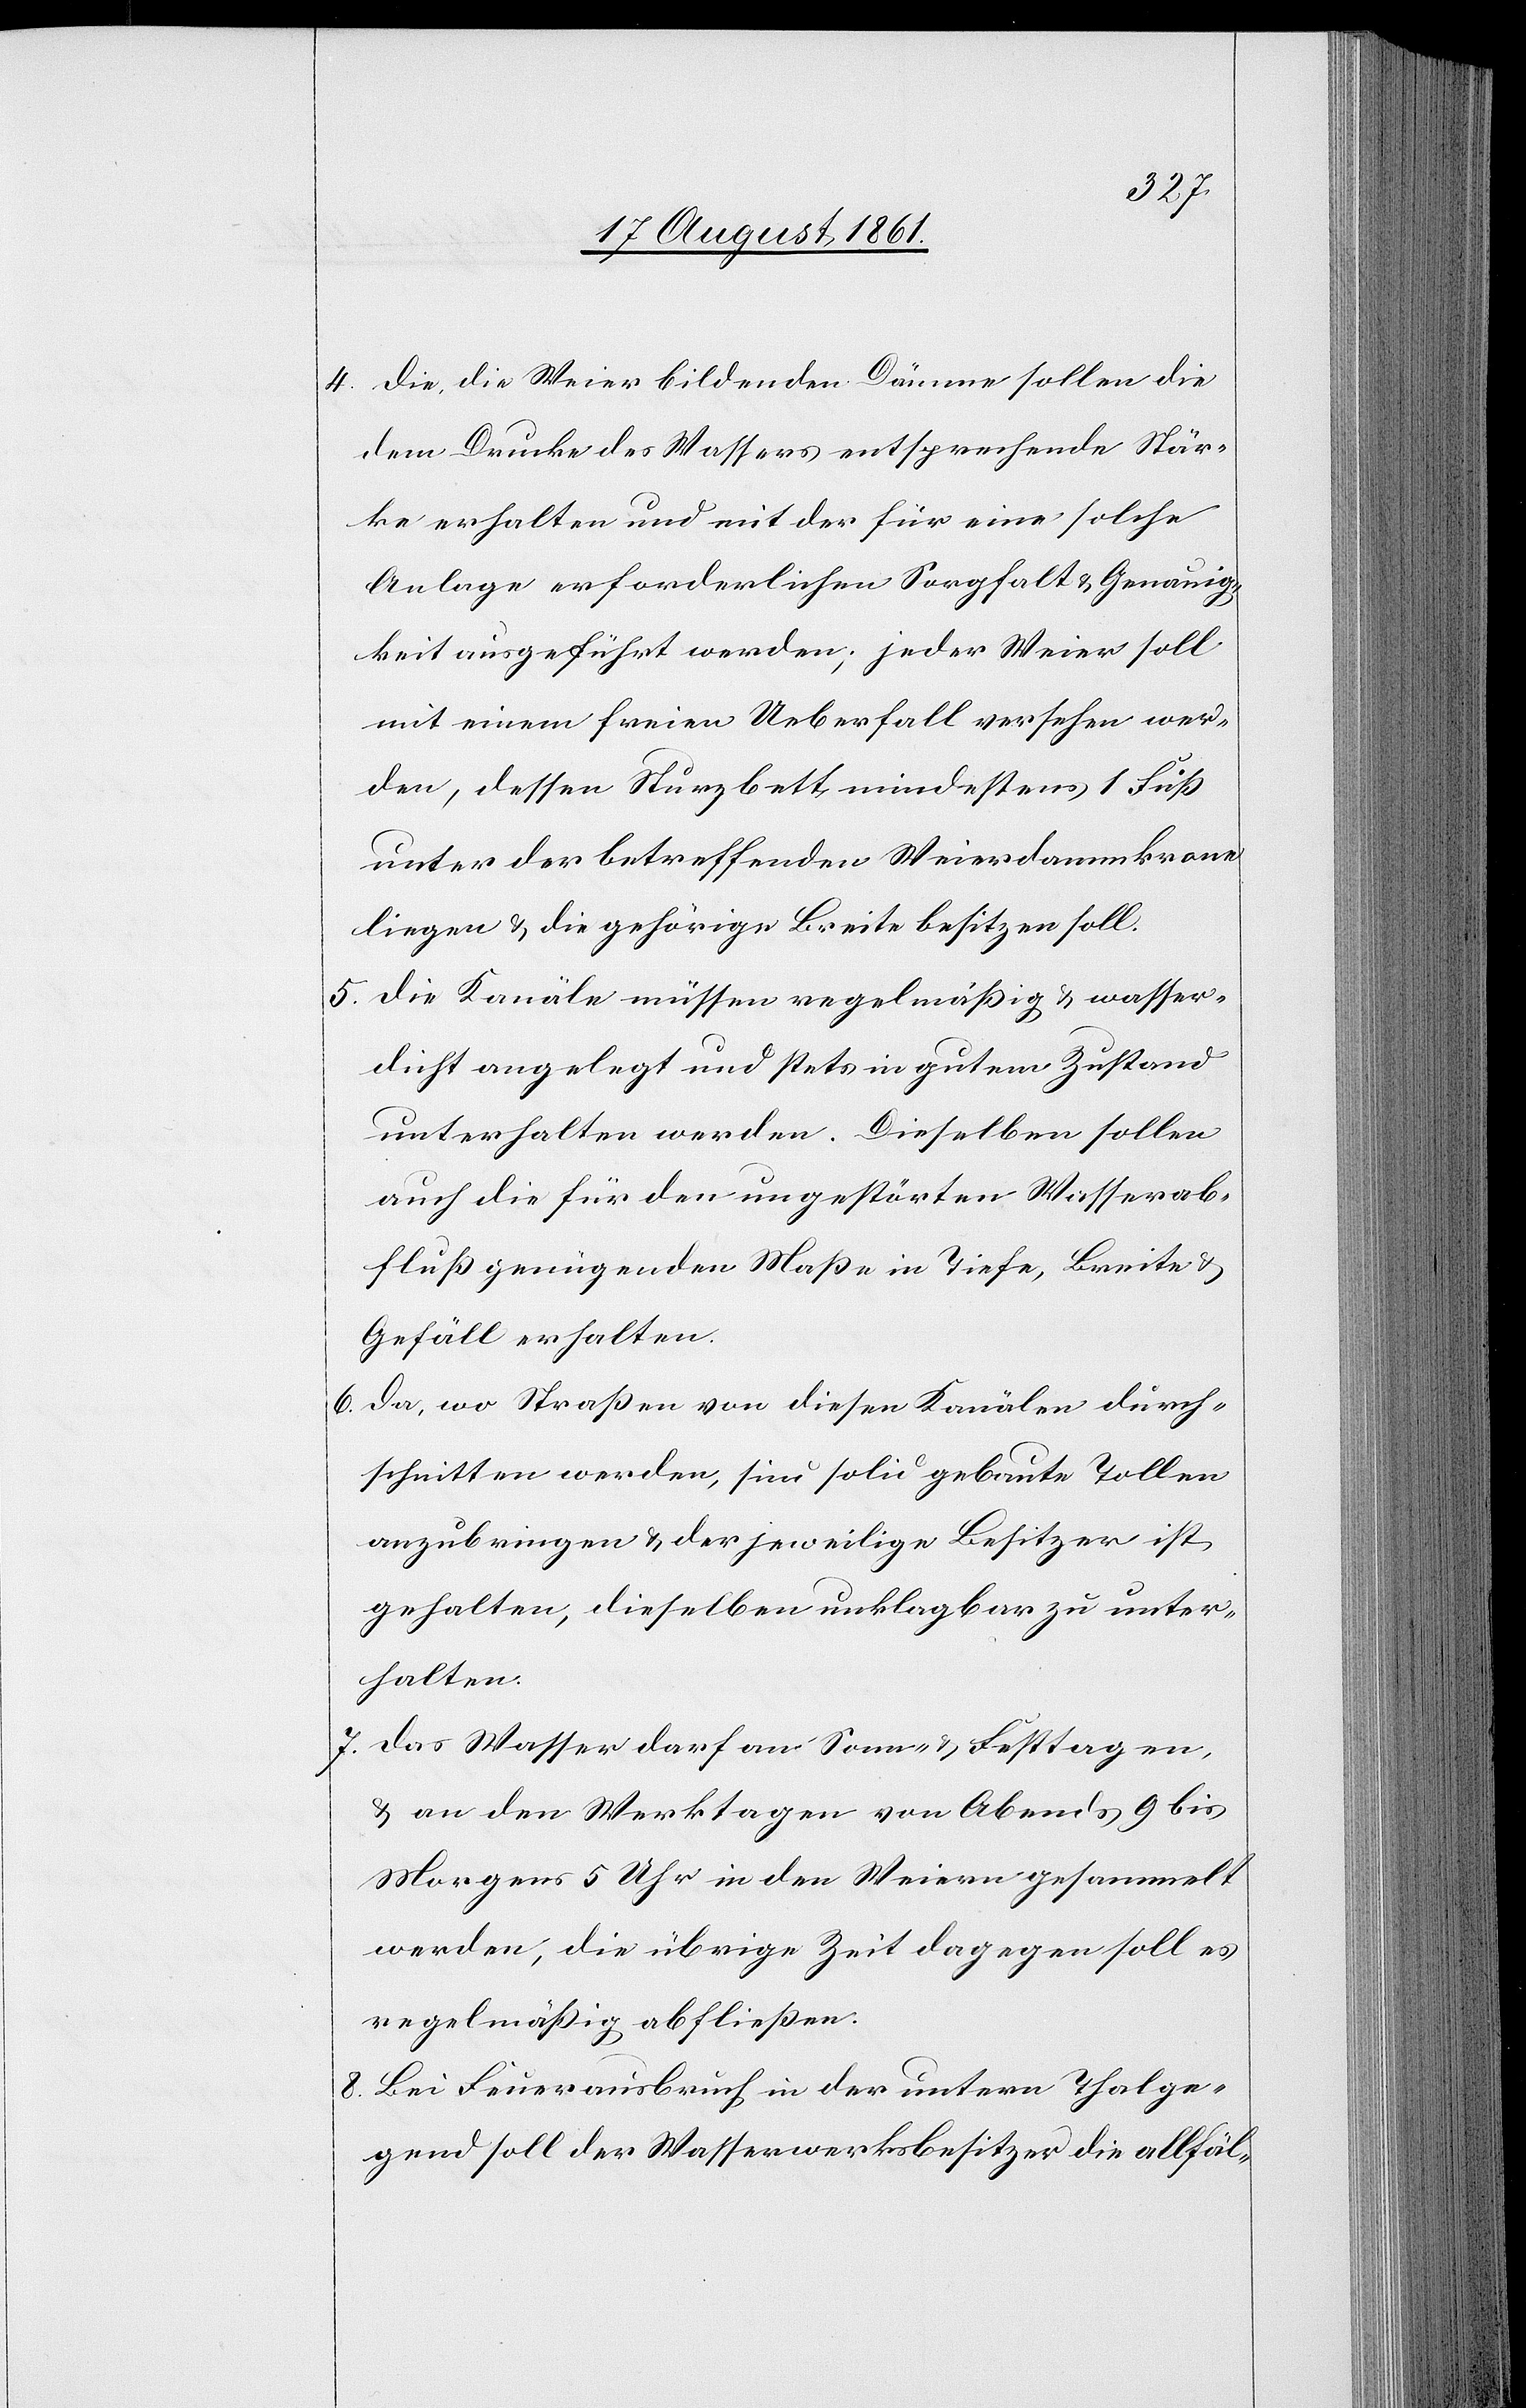
4. Die, die Weier bildenden Dämme sollen die
dem Drucke des Wassers entsprechende Stär¬
ke erhalten und mit der für eine solche
Anlage erforderlichen Sorgfalt u. Genauig¬
keit ausgeführt werden; jeder Weier soll
mit einem freien Ueberfall versehen wer¬
den, dessen Sturzbett mindestens 1 Fuß
unter der betreffenden Weierdammkrone
liegen u. die gehörige Breite besitzen soll.
5. Die Kanäle müssen regelmäßig u. wasser¬
dicht angelegt und stets in gutem Zustand
unterhalten werden. Dieselben sollen
auch die für den ungestörten Wasserab¬
fluß genügenden Maße in Tiefe, Breite u.
Gefäll erhalten.
6. Da, wo Straßen von diesen Kanälen durch¬
schnitten werden, sind solid gebaute Tollen
anzubringen u. der jeweilige Besitzer ist
gehalten, dieselben unklagbar zu unter¬
halten.
7. Das Wasser darf an Sonn- u. Festtagen,
u. an den Werktagen von Abends 9 bis
Morgens 5 Uhr in den Weiern gesammelt
werden, die übrige Zeit dagegen soll es
regelmäßig abfließen.
8. Bei Feuerausbruch in der untern Thalge¬
gend soll der Wasserwerksbesitzer die allfäl-